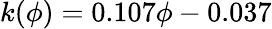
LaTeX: k(\phi)=0.107\phi-0.037